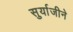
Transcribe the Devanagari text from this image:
सुर्याजीने